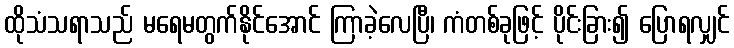
ထိုသံသရာသည် မရေမတွက်နိုင်အောင် ကြာခဲ့လေပြီ၊ ကံတစ်ခုဖြင့် ပိုင်းခြား၍ ပြောရလျှင်